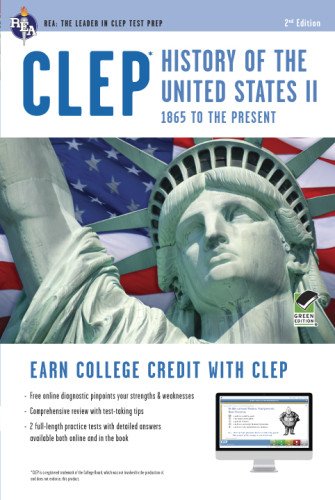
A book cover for CLEPÂ® History of the U.S. II Book + Online (CLEP Test Preparation); Lynn Elizabeth Marlowe M.A.; Test Preparation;